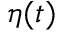
\eta ( t )